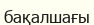
бақалшағы